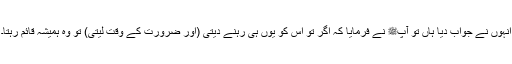
انہوں نے جواب دیا ہاں تو آپﷺ نے فرمایا کہ اگر تو اس کو یوں ہی رہنے دیتی (اور ضرورت کے وقت لیتی) تو وہ ہمیشہ قائم رہتا۔